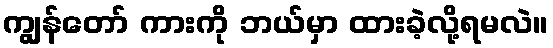
ကျွန်တော် ကားကို ဘယ်မှာ ထားခဲ့လို့ရမလဲ။